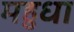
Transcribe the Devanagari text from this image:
महुधा